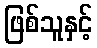
ဖြစ်သူနှင့်